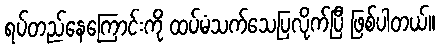
ရပ်တည်နေကြောင်းကို ထပ်မံသက်သေပြလိုက်ပြီ ဖြစ်ပါတယ်။